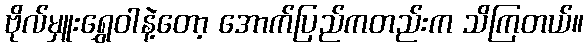
ဗိုလ်မှူးရွှေဝါနဲ့တော့ အောက်ပြည်ကတည်းက သိကြတယ်။